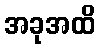
အခုအထိ